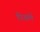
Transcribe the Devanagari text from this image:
पिअले